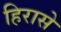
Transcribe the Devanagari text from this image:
हिरासे